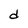
Character: d